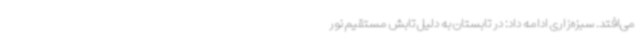
می‌افتد. سبزه‌زاری ادامه داد: در تابستان به دلیل تابش مستقیم نور